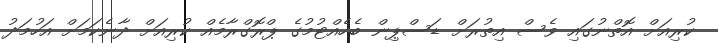
ކުރިއަށް އޮތްނުގައި ވެސް އިތުރަށް ޑަސްޕިން ބެހެއްޓުމުގެ ޕްރޮގްރާމެއް ކުރިއަށް ދާނެކަމަށް އަހުމަދު